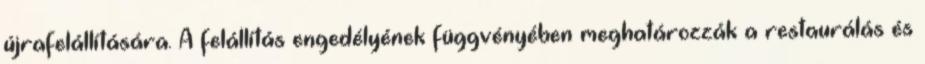
újrafelállítására. A felállítás engedélyének függvényében meghatározzák a restaurálás és